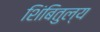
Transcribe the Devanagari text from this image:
शिंबितुल्य